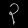
Digit: ၃